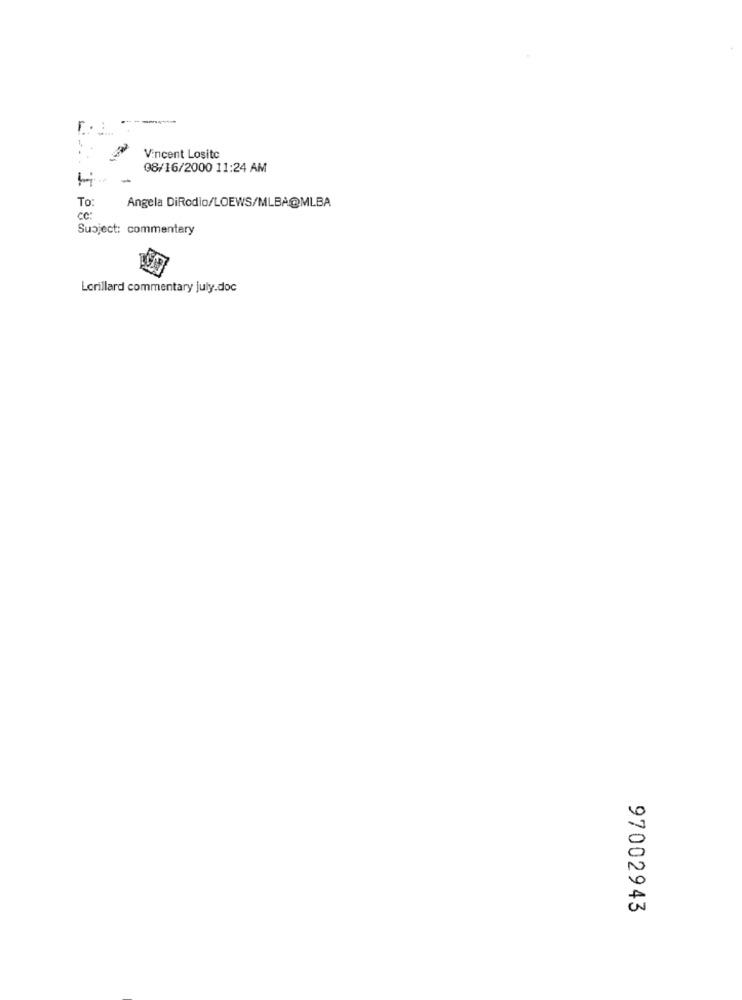
---
r. :
Vincent Lositc
08/16/2000 11:24 AM
To:
Angela DiRodio/LOEWS/MLBA@MLBA
CC:
Subject: commentary
Lorillard commentary july.doc
97002943